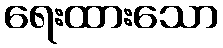
ရေးထားသော